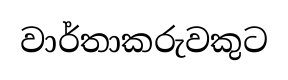
වාර්තාකරුවකුට